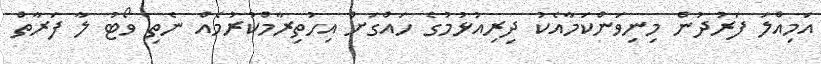
އަމިއްލަ ފަރުދުން މިނިވަންކަމާއެކު ދިރިއުޅުމުގެ ހައްގަށް އިހުތިރާމްކުރުމެއް ނެތި ވޯޓު ލާ ފަރާތް